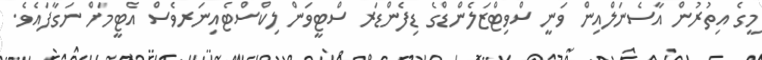
މީގެ އިތުރުން އާސެނަލްއިން ވަނީ ސްވިޓްޒަލެންޑްގެ ޑިފެންޑަރ ސްޓީވަން ލިކްސްޓެއިނަރވެސް އެޓީމަށް ނަގާފައެވެ.